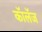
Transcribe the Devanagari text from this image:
कॉलॅज